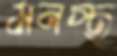
মনস্থ